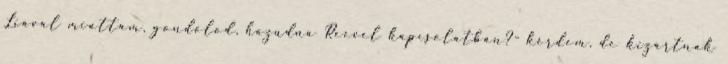
Liával miattam, gondolod, hazudna Reevel kapcsolatban?- kérdem, de kizártnak